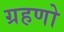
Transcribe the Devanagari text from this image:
ग्रहणो